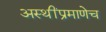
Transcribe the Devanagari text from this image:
अस्थींप्रमाणेच